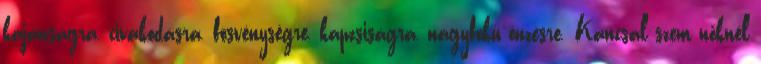
kajánságra, civakodásra, fösvénységre, kapzsiságra, nagyfokú önzésre. Kancsal szem nőknél